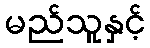
မည်သူနှင့်